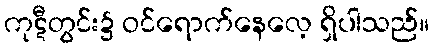
ကုဋီတွင်း၌ ဝင်ရောက်နေလေ့ ရှိပါသည်။